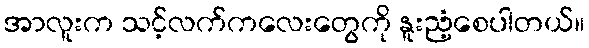
အာလူးက သင့်လက်ကလေးတွေကို နူးညံ့စေပါတယ်။